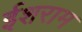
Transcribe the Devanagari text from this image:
ईशराम